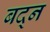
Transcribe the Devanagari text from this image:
बद्न